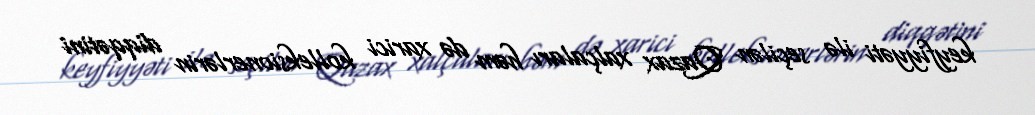
keyfiyyəti ilə seçilən Qazax xalçaları həm də xarici kolleksionerlərin diqqətini